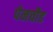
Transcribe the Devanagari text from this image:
पेनचौड